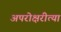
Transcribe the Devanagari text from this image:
अपरोक्षरीत्या